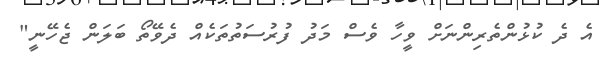
އެ ދެ ކުޅުންތެރިންނަށް ވީހާ ވެސް މަދު ފުރުސަތުތަކެއް ދެވޭތޯ ބަލަން ޖެހޭނީ"